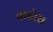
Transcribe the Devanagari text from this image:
वाइरेस